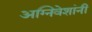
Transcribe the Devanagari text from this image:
अग्निवेशांनी